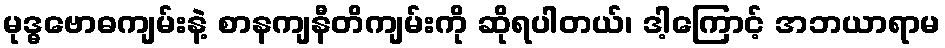
မုဒ္ဓဗောဓကျမ်းနဲ့ စာနကျနီတိကျမ်းကို ဆိုရပါတယ်၊ ဒါ့ကြောင့် အဘယာရာမ